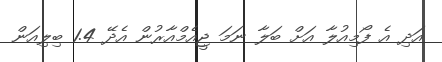
އަދި އެ ފޯމިއުލާ އަށް ބަލާ ނަމަ ޖީއެމްއާރުން އެދޭ 1.4 ބިލިއަން